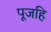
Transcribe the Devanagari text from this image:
पूजहि